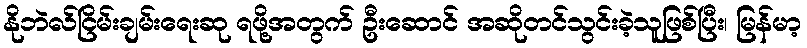
နိုဘဲလ်ငြိမ်းချမ်းရေးဆု ရဖို့အတွက် ဦးဆောင် အဆိုတင်သွင်းခဲ့သူဖြစ်ပြီး၊ မြန်မာ့